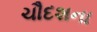
ચૌદશના